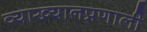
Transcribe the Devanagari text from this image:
व्याख्यानप्रणाली